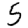
Digit: 5